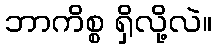
ဘာကိစ္စ ရှိလို့လဲ။